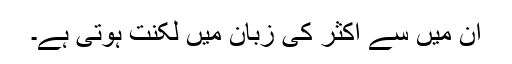
ان میں سے اکثر کی زبان میں لکنت ہوتی ہے۔